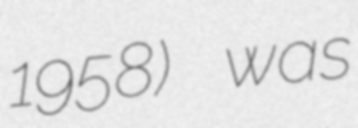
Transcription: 1958) was